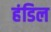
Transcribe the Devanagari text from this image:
हंडिल